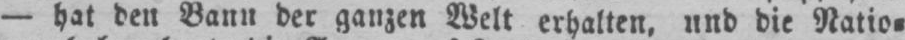
- hat den Bann der ganzen Welt erhalten, und die Natio⸗